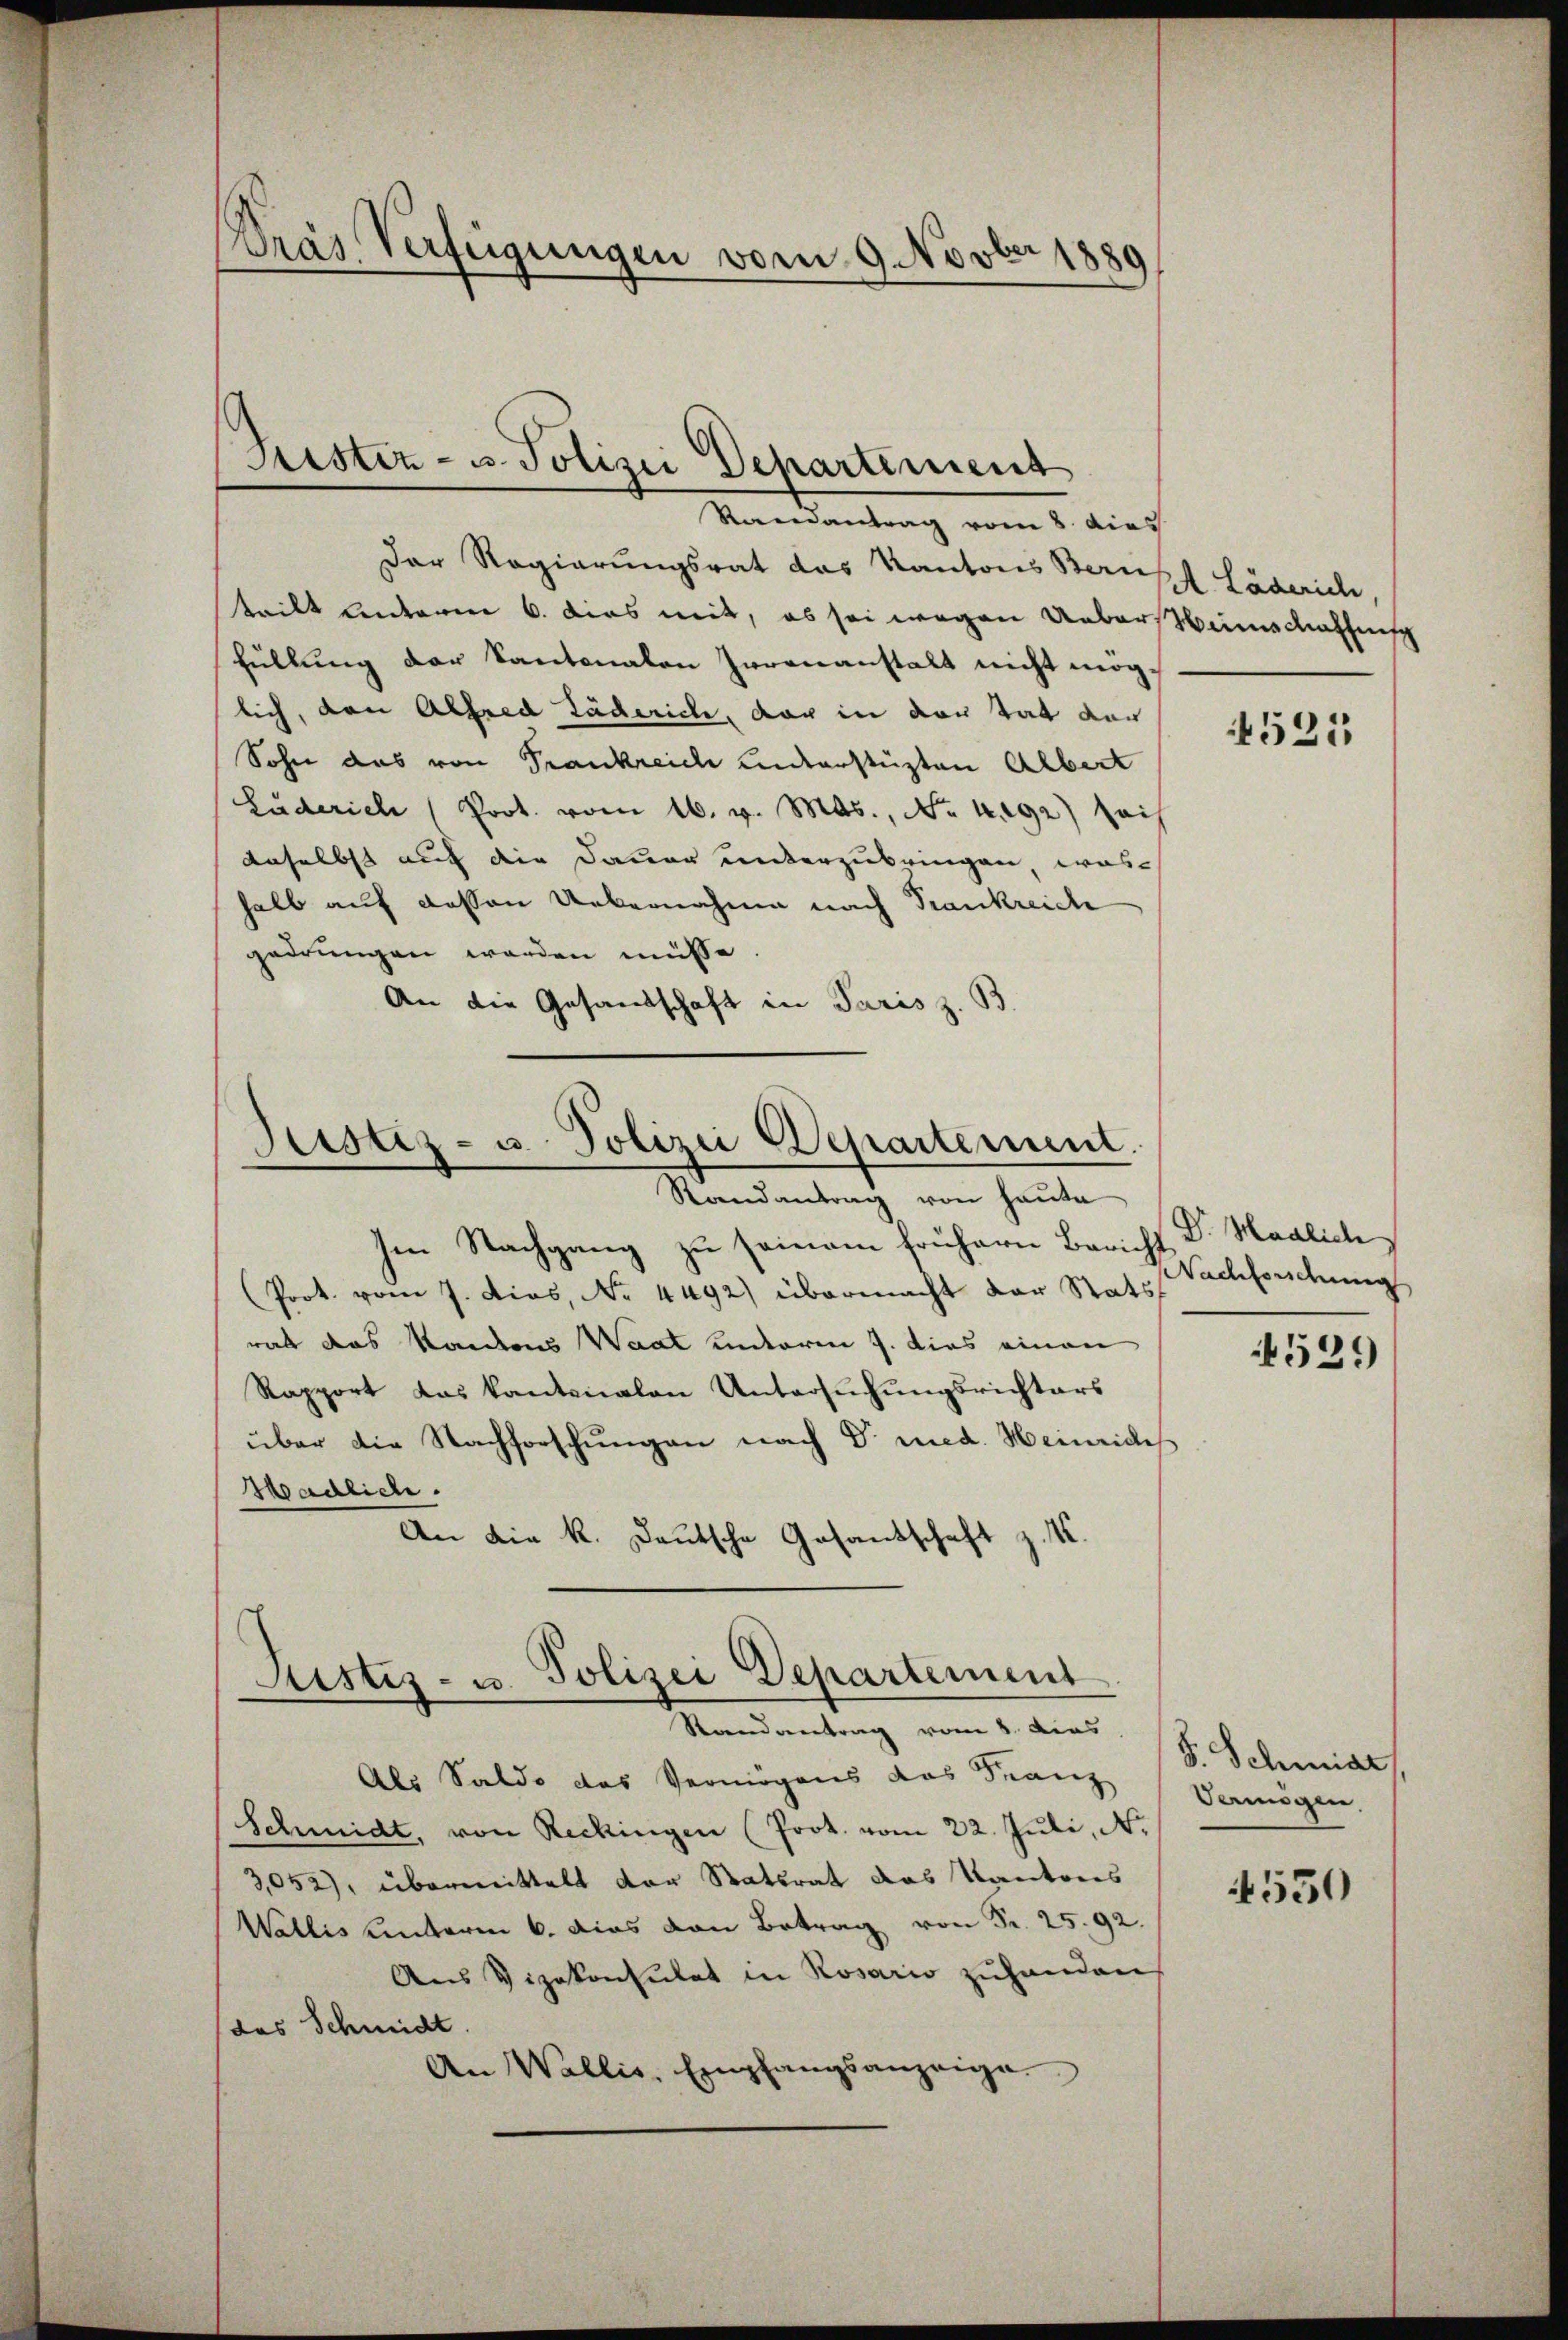
Der Regierungsrat das Kantons Bern
tritt unterm 6. dies mit, es sei wegen Ueberstenschaffung
füllung der Kantonalen Irrenanstalt nicht möglich, den Alfred Täderich, der in der tat der
Sohn das von Frankreich unterstüzten Albert
Luderich (Port. vom 16. v. Mts., No. 4492) sais
daselbst auf die Dauer unterzubringen, was
halb auf dessen Uebernahme nach Trankreich
gedrungen worden müsse
An die Gesandschaft in Paris z. B.

Pras Verfügungen vom 9. Novber 1889

Fister- u. Polizei Departement
Randantrag vom 8. dies

Justiz- u. Polizei Departement.
Randantrag von heute

Randantrag vom 8. dies

Im Nachgang zu seinem frühern Bericht
Prot. vom 7. dies, No. 4492) übermacht der Stats
rat das Kantons Waat unterm 7. dies einen
Rapport das kantonalen Untersuchungsrichters
über die Nachforschungen nach Dr. med. Heinriches
oadlich.
An die k. Deutsche Gesantschaft z. K.
Justiz- u. Polizei Departement

Als Saldo das Vermögens das Franz
Schmidt, von Reckingen (Prot. vom 22. Juli, N.
3,052), übermittelt der Statsrat das Kantons
Wallis unterm 6. Das von Betrag von Fr. 25. 92.
Aus Vizekonsulat in Rosario zuhanden
das Schmidt.
An Wallis, Empfangsanzeige.

A Lägerich

4525

Dr. Möglich
Nachfordung

4529

S. Schmidr
Vermögen

4550